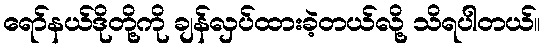
ရော်နယ်ဒိုတို့ကို ချန်လှပ်ထားခဲ့တယ်လို့ သိရပါတယ်။